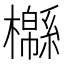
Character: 㰃